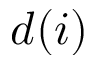
d ( i )